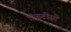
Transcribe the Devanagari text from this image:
ऍफ़टीसी